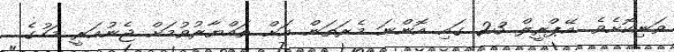
ވަނިކޮށެވެ. އޭޕްރީލް 23 ގައި އޮންނަ މެރަތަން އަށް ތައްޔާރުވުމަށް ޖެނުއަރީ މަހުގެ